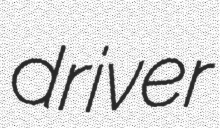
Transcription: driver